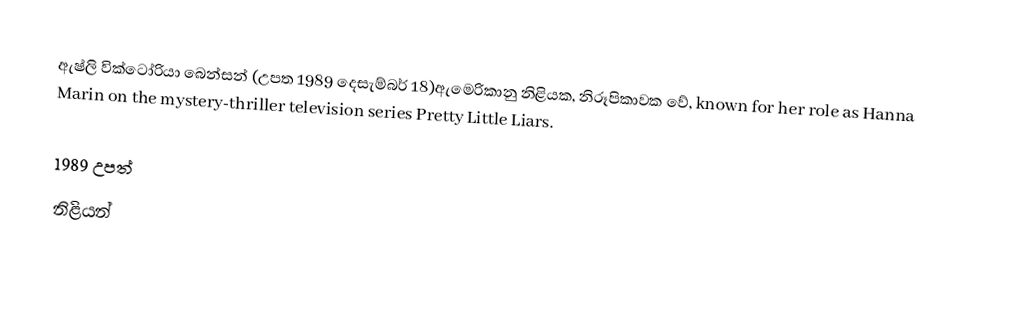
ඇෂ්ලි වික්ටෝරියා බෙන්සන් (උපත 1989 දෙසැම්බර් 18)ඇමෙරිකානු නිළියක, නිරූපිකාවක වේ, known for her role as Hanna Marin on the mystery-thriller television series Pretty Little Liars.

1989 උපත්
නිළියන්